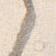
之